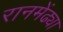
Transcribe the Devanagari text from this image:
रानमेंढ्या